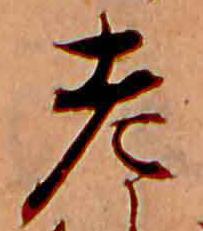
老